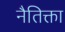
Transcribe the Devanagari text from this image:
नैतिक्ता